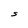
Character: S